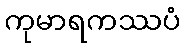
ကုမာရကဿပံ